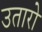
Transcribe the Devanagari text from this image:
उतारो